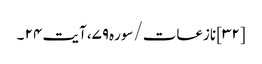
[۳۲] نازعات/سوره۷۹، آیت ۲۴ ۔